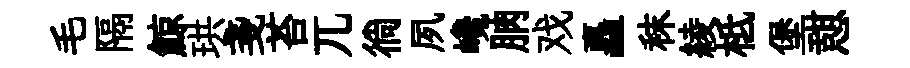
毛隔鯨珙戔苔兀徜夙巉朒戏矗秣綾柢堡憇